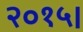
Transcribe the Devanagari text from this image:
२०१५।